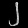
Digit: ၂